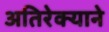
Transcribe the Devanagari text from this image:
अतिरेक्याने